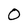
Character: 0